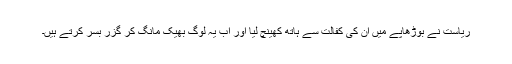
ریاست نے بوڑھاپے میں ان کی کفالت سے ہاتھ کھینچ لیا اور اب یہ لوگ بھیک مانگ کر گزر بسر کرتے ہیں۔